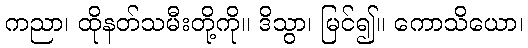
ကညာ၊ ထိုနတ်သမီးတို့ကို။ ဒိသွာ၊ မြင်၍။ ကောသိယော၊